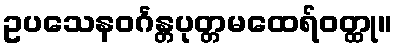
ဥပသေနဝင်္ဂန္တပုတ္တမထေရ်ဝတ္ထု။